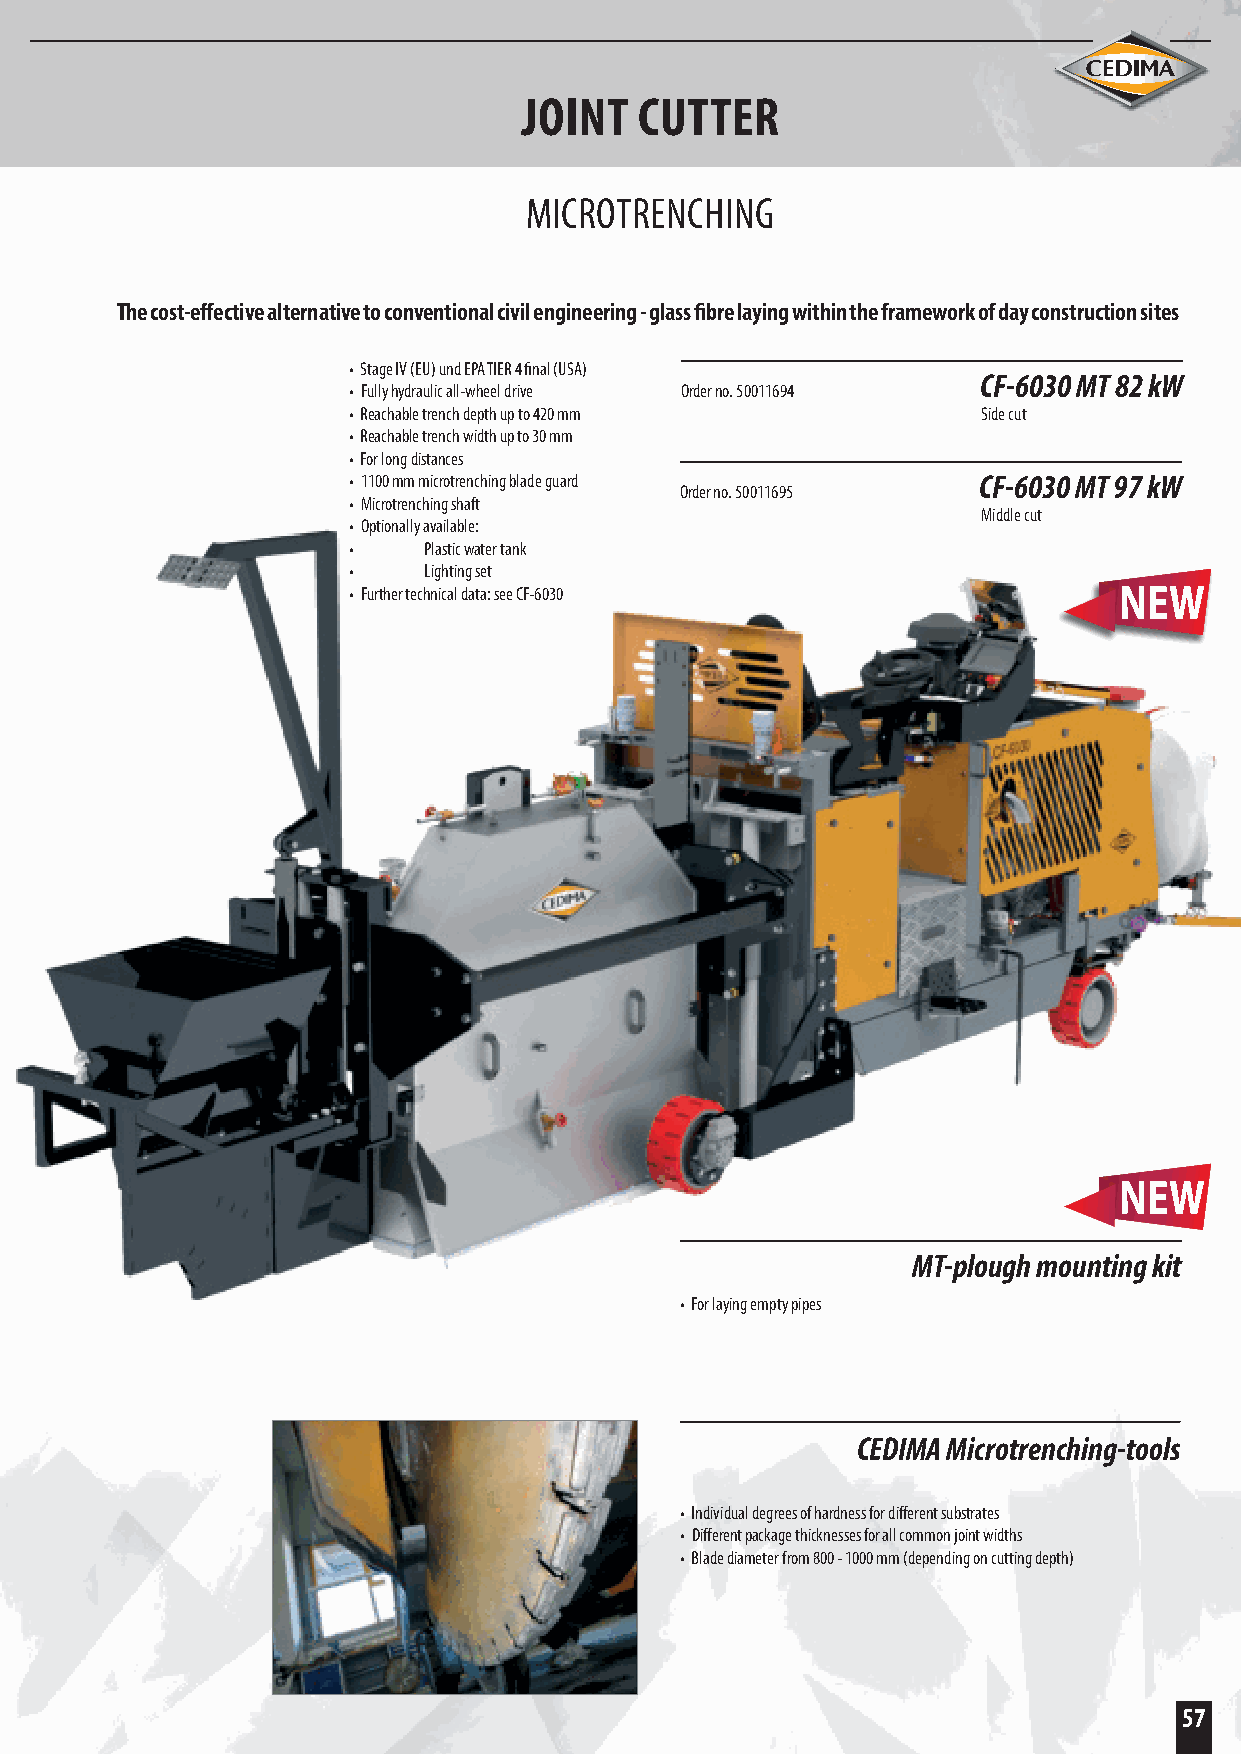
JOINT  CUTTER
 MICROTRENCHING
 The cost-effective alternative to conventional civil engineering - glass fibre laying within the framework of day construction sites
 • Stage IV (EU) und EPA TIER 4 final (USA)
 CF-6030 MT 82 kW
 • Fully hydraulic all-wheel drive Order no. 50011694
 • Reachable trench depth up to 420 mm     Side cut
 • Reachable trench width up to 30 mm
 • For long distances
 • 1100 mm microtrenching blade guard      CF-6030 MT 97 kW
 Order no. 50011695
 • Microtrenching shaft
 Middle cut
 • Optionally available:
 •    Plastic water tank
 •    Lighting set
 • Further technical data: see CF-6030
 MT-plough mounting kit
 • For laying empty pipes
 CEDIMA Microtrenching-tools
 • Individual degrees of hardness for different substrates
 • Different package thicknesses for all common joint widths
 • Blade diameter from 800 - 1000 mm (depending on cutting depth)
 57